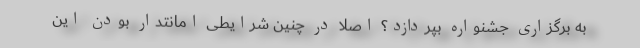
به برگزاری جشنواره بپردازد؟ اصلا در چنین شرایطی امانتدار بودن این